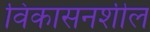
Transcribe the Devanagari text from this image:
विकासनशील